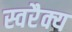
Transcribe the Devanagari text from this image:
स्वरैक्य